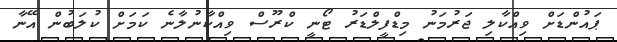
ޕައުންޑަށް ވިއްކާލި ޖަރުމަނު މިޑްފީލްޑަރު ޓޯނީ ކްރޫސް ވިއްކާނުލާނެ ކަމަށް ކުލަބުން އޭނާ